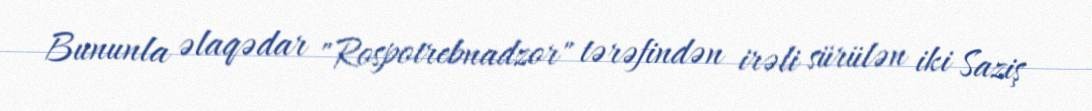
Bununla əlaqədar "Rospotrebnadzor" tərəfindən irəli sürülən iki Saziş